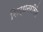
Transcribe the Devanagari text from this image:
सिद्धनरसिंह